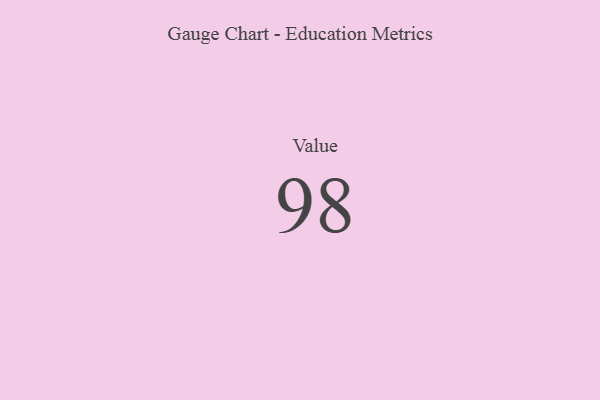
{"axis": {"x": "Metric", "y": "Value"}, "legend": [""], "data": [{"x": "Value", "y": 98, "type": ""}]}